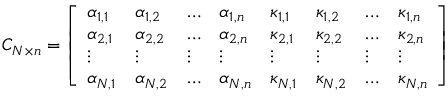
C _ { N \times n } = \left[ \begin{array} { l l l l l l l l } { \alpha _ { 1 , 1 } } & { \alpha _ { 1 , 2 } } & { \dots } & { \alpha _ { 1 , n } } & { \kappa _ { 1 , 1 } } & { \kappa _ { 1 , 2 } } & { \dots } & { \kappa _ { 1 , n } } \\ { \alpha _ { 2 , 1 } } & { \alpha _ { 2 , 2 } } & { \dots } & { \alpha _ { 2 , n } } & { \kappa _ { 2 , 1 } } & { \kappa _ { 2 , 2 } } & { \dots } & { \kappa _ { 2 , n } } \\ { \vdots } & { \vdots } & { \vdots } & { \vdots } & { \vdots } & { \vdots } & { \vdots } & { \vdots } \\ { \alpha _ { N , 1 } } & { \alpha _ { N , 2 } } & { \dots } & { \alpha _ { N , n } } & { \kappa _ { N , 1 } } & { \kappa _ { N , 2 } } & { \dots } & { \kappa _ { N , n } } \end{array} \right]